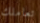
تعاملك